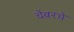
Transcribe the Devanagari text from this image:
चेंबरचे